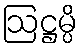
ဩဋ္ဌမ္ပိ